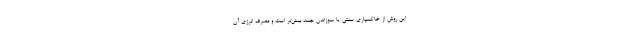
این روش از خاکسپاری سنتی یا سوزاندن جسد بیش‌تر است و مصرف انرژی آن